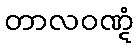
တာလဝဏ္ဋံ